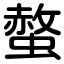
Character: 螫